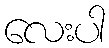
လေးပါ